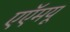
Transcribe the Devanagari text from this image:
एएॅमयू